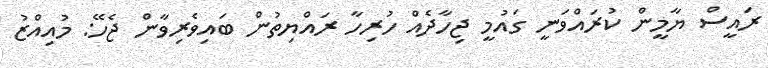
ރައީސް ޔާމީން ކުރައްވަނީ ގައުމީ ޖިހާދެއް ހުރިހާ ރައްޔިތުން ބައިވެރިވާން ޖެހޭ: މުއިއްޒު